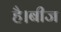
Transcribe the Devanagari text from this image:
है।बीज